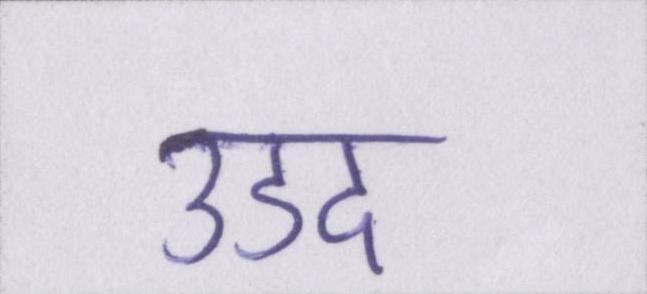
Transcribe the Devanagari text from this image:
उडद